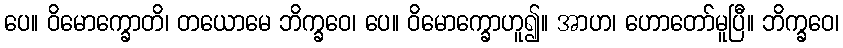
ပေ။ ဝိမောက္ခောတိ၊ တယောမေ ဘိက္ခဝေ၊ ပေ။ ဝိမောက္ခောဟူ၍။ အာဟ၊ ဟောတော်မူပြီ။ ဘိက္ခဝေ၊